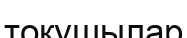
тоқушылар